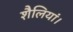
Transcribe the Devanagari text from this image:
शैलियां।